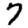
Digit: 7